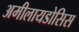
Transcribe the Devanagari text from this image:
अमीलायडोसिस